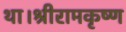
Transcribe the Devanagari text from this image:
था।श्रीरामकृष्ण